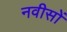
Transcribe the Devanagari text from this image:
नवीसों